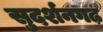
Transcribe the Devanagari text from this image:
सुदर्शनगढ़